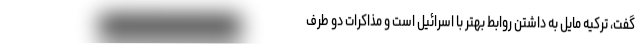
گفت، ترکیه مایل به داشتن روابط بهتر با اسرائیل است و مذاکرات دو طرف